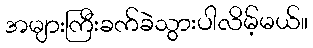
အများကြီးခက်ခဲသွားပါလိမ့်မယ်။